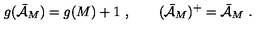
g ( \bar { \cal { A } } _ { M } ) = g ( M ) + 1 \ , \qquad ( \bar { \cal { A } } _ { M } ) ^ { + } = \bar { \cal { A } } _ { M } \ .